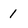
Character: 1